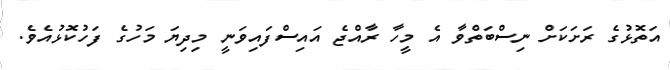
އަތޮޅުގެ ރަށަކަށް ނިސްބަތްވާ އެ މީހާ ރާއްޖެ އައިސްފައިވަނީ މިދިޔަ މަހުގެ ފަހުކޮޅުއެވެ.